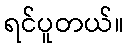
ရင်ပူတယ်။